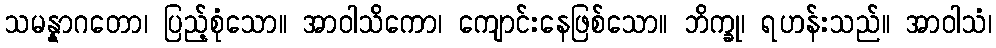
သမန္နာဂတော၊ ပြည့်စုံသော။ အာဝါသိကော၊ ကျောင်းနေဖြစ်သော။ ဘိက္ခု၊ ရဟန်းသည်။ အာဝါသံ၊